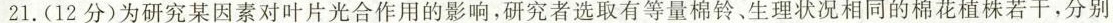
21.(12分)为研究某因素对叶片光合作用的影响，研究者选取有等量棉铃、生理状况相同的棉花植株若干，分别